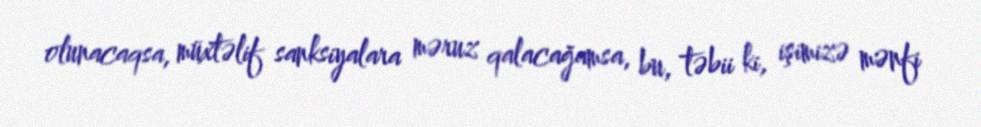
olunacaqsa, müxtəlif sanksiyalara məruz qalacağamsa, bu, təbii ki, işimizə mənfi